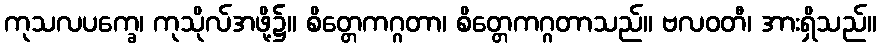
ကုသလပက္ခေ၊ ကုသိုလ်အဖို့၌။ စိတ္တေကဂ္ဂတာ၊ စိတ္တေကဂ္ဂတာသည်။ ဗလဝတီ၊ အားရှိသည်။